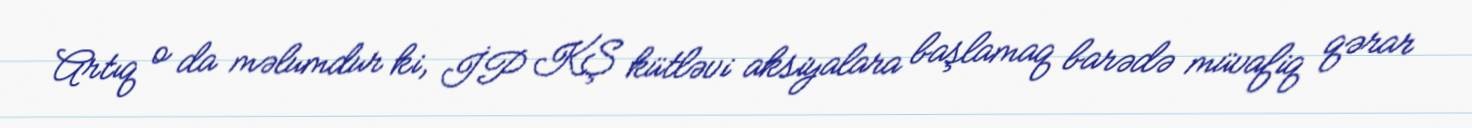
Artıq o da məlumdur ki, İP KŞ kütləvi aksiyalara başlamaq barədə müvafiq qərar